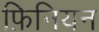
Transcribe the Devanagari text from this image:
फ़िनियन